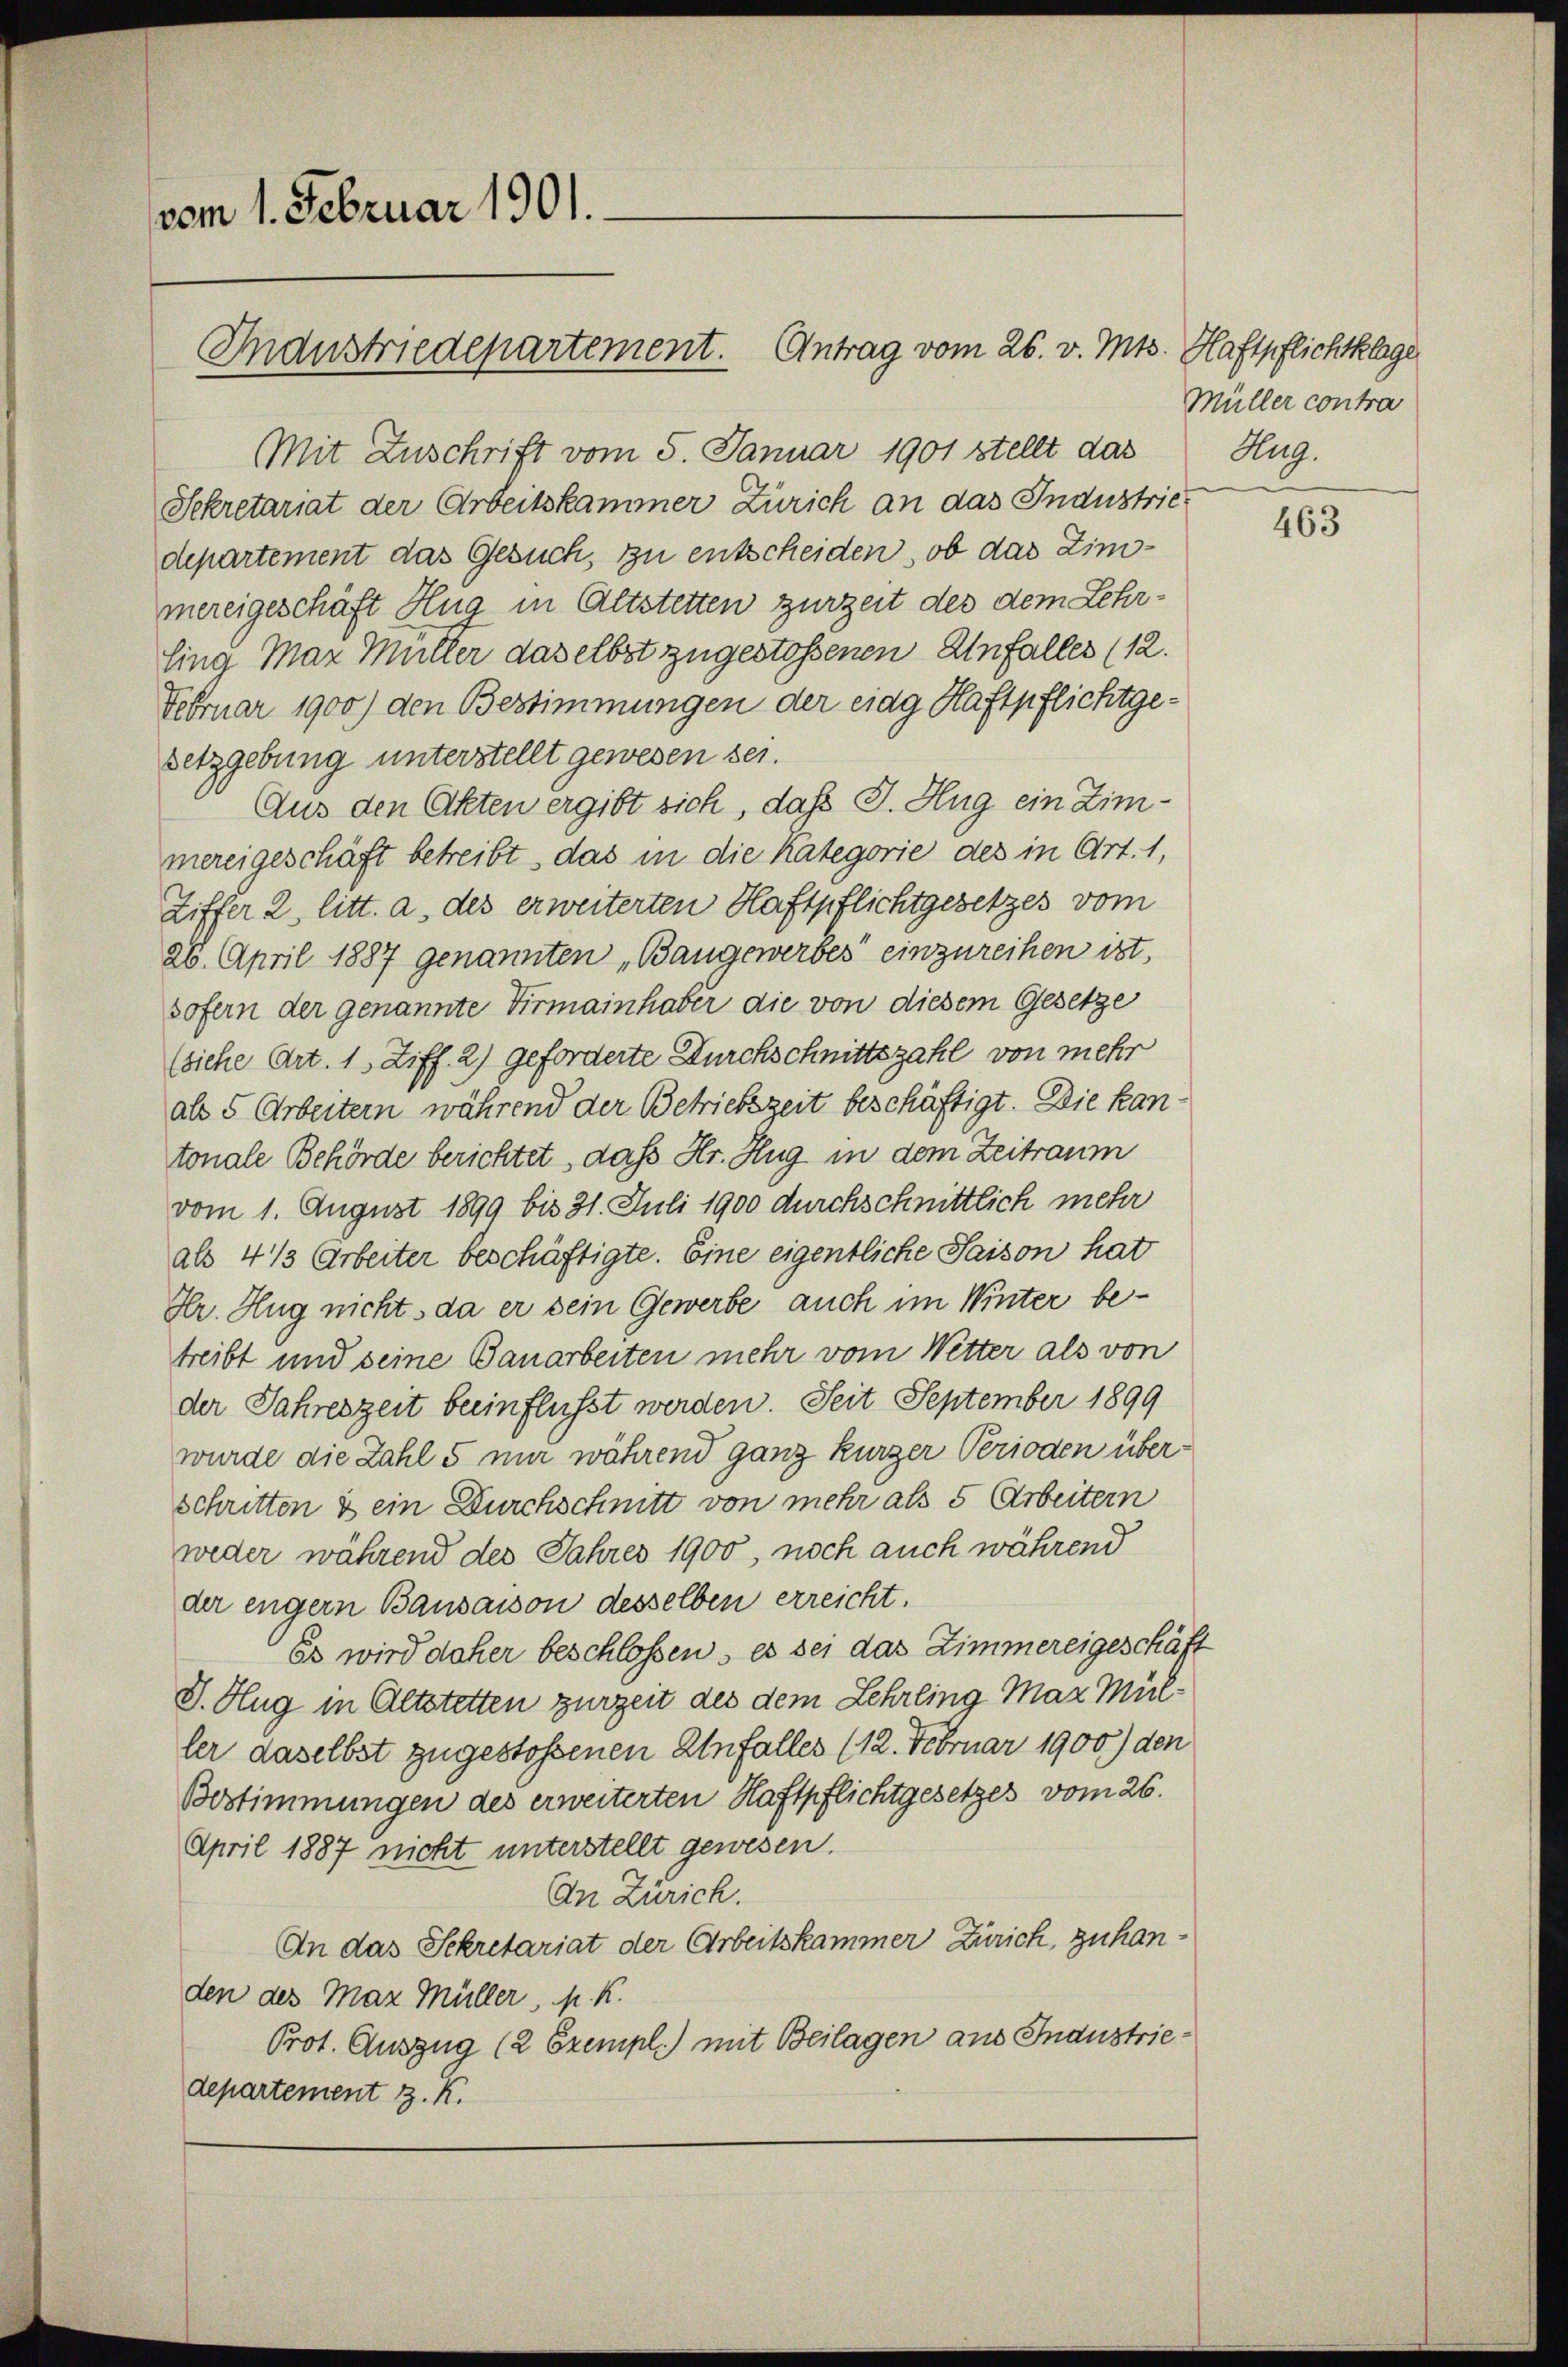
vom 1. Februar 1901.

Industriedepartement. Antrag vom 26. v. Mts. Haftpflichtklage

Mit Zuschrift vom 5. Januar 1901 stellt das
Sekretariat der Arbeitskammer Zürich an das Industriedepartement das Gesuch, zu entscheiden, ob das Zinomereigeschäft Hug in Altstetten zurzeit des dem Lehrling Max Müller daselbst zugestoßenen Unfall(...)(12.
Februar 1900) den Bestimmungen der eidg Haftpflichtgesetzgebung unterstellt gewesen sei.
Aus den Akten ergibt sich, daß J. Hug ein Zimmereigeschäft betreibt, das in die Kategorie des in Art. 1,
Ziffer 2, litt. a. des erweiterten Haftpflichtgesetzes vom
26. April 1887 genannten „Bangewerbes einzureihen ist,
sofern der genannte Firmainhaber die von diesem Gesetze
(siehe Art. 1, Ziff. 2) geforderte Durchschnittszahl von mehr
als 5 Arbeitern während der Betrickszeit beschäftigt. Die kan
tonale Behörde berichtet, daß Hr. Hug in dem Zeitraum
vom 1. August 1899 bis 31. Juli 1900 durchschnittlich mehr
als 4 1/3 Arbeiter beschäftigte. Eine eigentliche Saison hat
Hr. Hug nicht, da er sein Gewerbe auch im Winter betreibt und seine Bauarbeiten mehr vom Wetter als von
der Jahreszeit beeinflusst werden. Seit September 1899
wurde die Zahl 5 mir während ganz kurzer Perioden überschritten & ein Durchschnitt von mehr als 5 Arbeitern
weder während des Jahres 1900, noch auch während
der engern Bausaison desselben erreicht.
Es wird daher beschlossen, es sei das Zimmereigeschäft
V. Hug in Altstetten zurzeit des dem Lehrling Mar Müller daselbst zugestoßenen Unfall(...)(12. Februar 1900) den
Bestimmungen des erweiterten Haftpflichtgesetzes vom 26.
April 1887 nicht unterstellt gewesen.
An Zürich.
An das Sekretariat der Arbeitskammer Zürich, zu handen des Max Müller, p. K.
Prot. Auszug (2 Exempl.) mit Beilagen aus Industriedepartement z. K.

Müller contra
Aug.

463